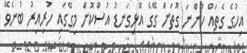
އިހުގެ ގެތައް ހުންނަ ގޮތަށް ގޭގެ އޮޅިގަނޑު އުސްކޮށް މިގޭގައި ހުރިއިރު ބުނެވޭ